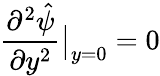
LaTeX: \frac{\partial^{2}\hat{\psi}}{\partial y^{2}}\bigr|_{y=0}=0